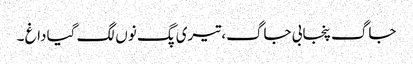
جاگ پنجابی جاگ، تیری پگ نوں‌ لگ گیا داغ‌ ۔